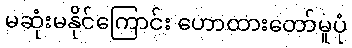
မဆုံးမနိုင်ကြောင်း ဟောထားတော်မူပုံ